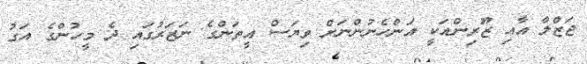
ޖަޒްލާ އާއި ޒޫރިންއަކީ އަންހެނުންނަށް ވިޔަސް އީތަންގެ ނަޒަރުގައި ދެ މީހުންގެ އަގު